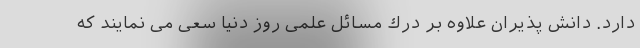
دارد. دانش پذیران علاوه بر درك مسائل علمی روز دنیا سعی می نمایند که